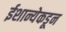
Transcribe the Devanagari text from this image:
ईशान्येकडून